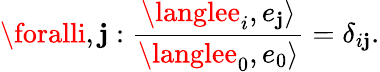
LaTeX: \foralli,\mathbf{j}:\frac{{\langlee_{i},e_{\mathbf{j}}\rangle}}{{\langlee_{0},e_{0}\rangle}}=\delta_{i\mathbf{j}}.